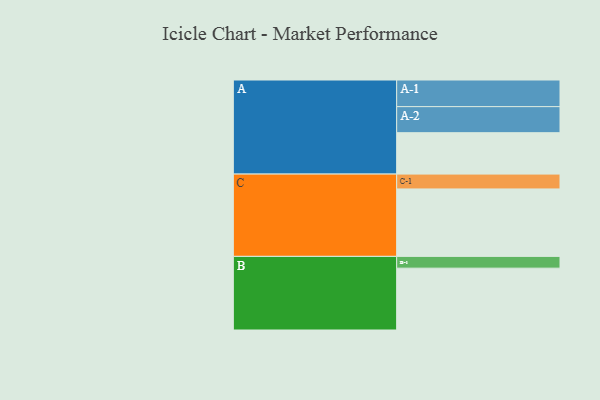
{"axis": {"x": "Segment", "y": "Value"}, "legend": ["", "A", "B", "C"], "data": [{"x": "A", "y": 362, "type": ""}, {"x": "B", "y": 541, "type": ""}, {"x": "C", "y": 590, "type": ""}, {"x": "A-1", "y": 233, "type": "A"}, {"x": "A-2", "y": 228, "type": "A"}, {"x": "B-1", "y": 103, "type": "B"}, {"x": "C-1", "y": 130, "type": "C"}]}